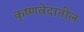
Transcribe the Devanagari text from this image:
कृष्णवेदातील